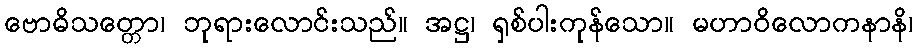
ဗောဓိသတ္တော၊ ဘုရားလောင်းသည်။ အဋ္ဌ၊ ရှစ်ပါးကုန်သော။ မဟာဝိလောကနာနိ၊